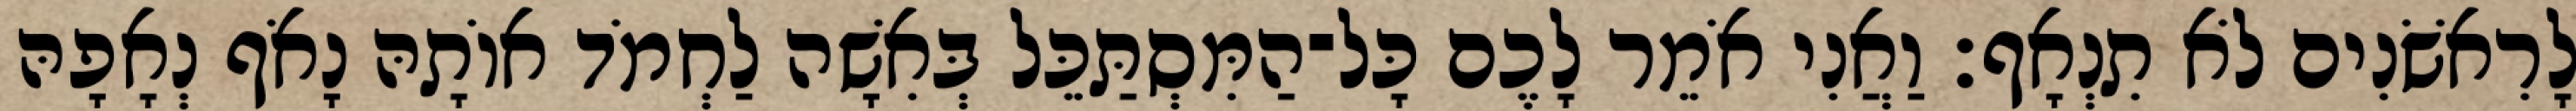
לָרִאשֹׁנִים לֹא תִנְאָף׃ וַאֲנִי אֹמֵר לָכֶם כָּל־הַמִּסְתַּכֵּל בְּאִשָׁה לַחְמֹד אוֹתָהּ נָאֹף נְאָפָהּ